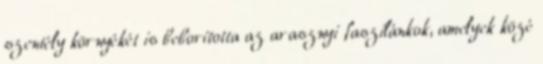
szentély környékét is beborította az arasznyi faszilánkok, amelyek közé